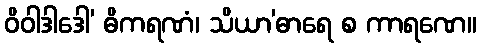
ဝိဝါဒါဒေါ’ ဓိကရဏံ၊ သိယာ’ဓာရေ စ ကာရဏေ။